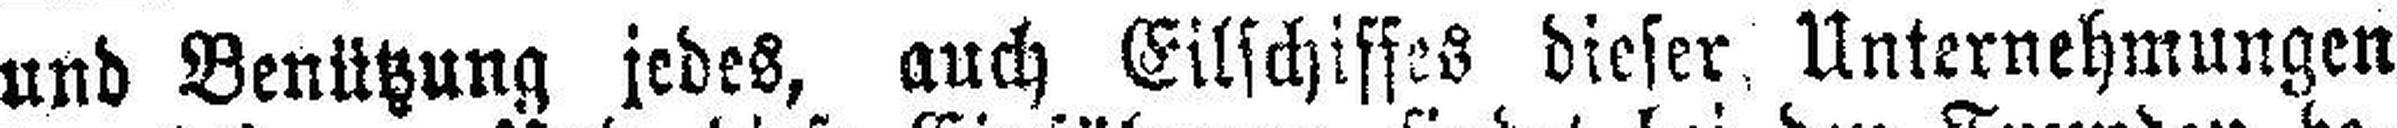
und Benützung jedes, auch Eilschiffes dieser. Unternehmungen